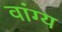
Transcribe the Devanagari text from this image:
वांग्य